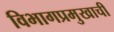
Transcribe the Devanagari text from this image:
विभागप्रमुखाची